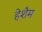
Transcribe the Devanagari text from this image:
हेशैम